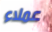
عملاء